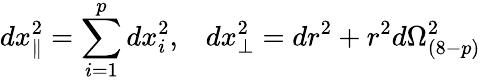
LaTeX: dx_{\parallel}^{2}=\sum_{i=1}^{p}dx_{i}^{2},\; \; \; dx_{\perp}^{2}=dr^{2}+r^{2}d\Omega_{(8-p)}^{2}